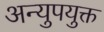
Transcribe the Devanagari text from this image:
अन्युपयुक्त